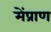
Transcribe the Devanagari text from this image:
मेंप्राण